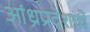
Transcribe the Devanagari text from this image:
आंध्रप्रदेशाचे